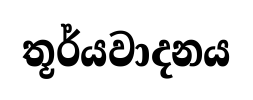
තූර්යවාදනය